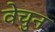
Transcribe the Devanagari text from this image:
वेचुन